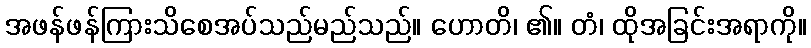
အဖန်ဖန်ကြားသိစေအပ်သည်မည်သည်။ ဟောတိ၊ ၏။ တံ၊ ထိုအခြင်းအရာကို။